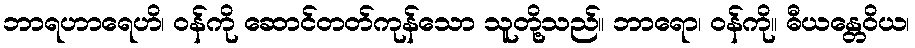
ဘာရဟာရေဟိ၊ ဝန်ကို ဆောင်တတ်ကုန်သော သူတို့သည်။ ဘာရော၊ ဝန်ကို။ ဓီယန္တေဝိယ၊